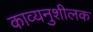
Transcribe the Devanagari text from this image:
काव्यनुशीलक